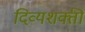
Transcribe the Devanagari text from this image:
दिव्यशक्ती